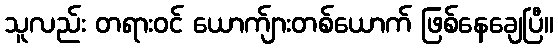
သူလည်း တရားဝင် ယောက်ျားတစ်ယောက် ဖြစ်နေချေပြီ။